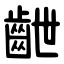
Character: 齛